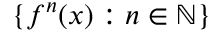
\{ f ^ { n } ( x ) : n \in \mathbb { N } \}